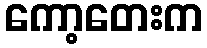
ကော့တေးက